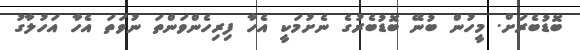
ބޮޑުބެރަށް. މީހުން ބުނޭ ބޮޑުބެރުގެ ނެށުމަކީ އެހާ ފިރިހެންވަންތަ ނުވަތަ އެހާ އަހުލާގު